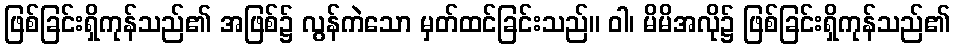
ဖြစ်ခြင်းရှိကုန်သည်၏ အဖြစ်၌ လွန်ကဲသော မှတ်ထင်ခြင်းသည်။ ဝါ၊ မိမိအလို၌ ဖြစ်ခြင်းရှိကုန်သည်၏